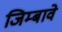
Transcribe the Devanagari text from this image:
जिम्बावे